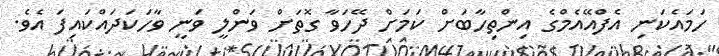
ހަމައެކަނި އެފްއޭއެމްގެ އިންތިހާބަށް ކަމަށް ދޭހަވާ ގޮތަށް ވަންލީ ވަނީ ވާހަކަދައްކައިފަ އެވެ.